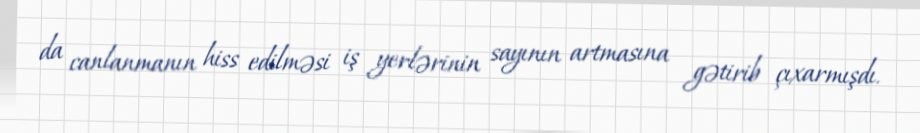
da canlanmanın hiss edilməsi iş yerlərinin sayının artmasına gətirib çıxarmışdı.